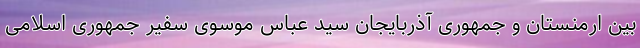
بین ارمنستان و جمهوری آذربایجان سید عباس موسوی سفیر جمهوری اسلامی